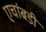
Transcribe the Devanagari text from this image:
एचांबडी